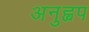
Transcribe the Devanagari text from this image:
अनुह्वप